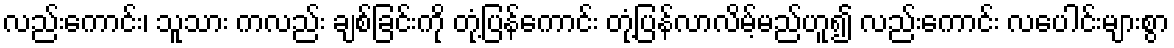
လည်းကောင်း၊ သူသား ကလည်း ချစ်ခြင်းကို တုံ့ပြန်ကောင်း တုံ့ပြန်လာလိမ့်မည်ဟူ၍ လည်းကောင်း လပေါင်းများစွာ